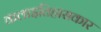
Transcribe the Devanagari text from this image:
कलाइतिहासकार